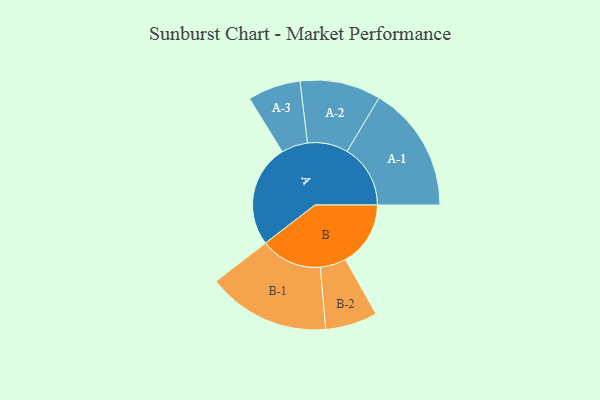
{"axis": {"x": "Segment", "y": "Value"}, "legend": ["", "A", "B"], "data": [{"x": "A", "y": 485, "type": ""}, {"x": "B", "y": 307, "type": ""}, {"x": "A-1", "y": 299, "type": "A"}, {"x": "A-2", "y": 191, "type": "A"}, {"x": "A-3", "y": 125, "type": "A"}, {"x": "B-1", "y": 290, "type": "B"}, {"x": "B-2", "y": 123, "type": "B"}]}